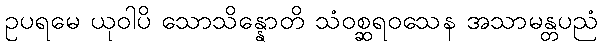
ဥပရမေ ယုဝါပိ သောသိန္နောတိ သံဝစ္ဆရဝသေန အသာမန္တပညံ